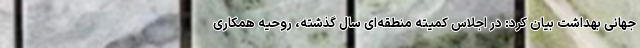
جهانی بهداشت بیان کرد: در اجلاس کمیته منطقه‌ای سال گذشته، روحیه همکاری